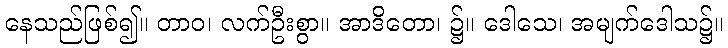
နေသည်ဖြစ်၍။ တာဝ၊ လက်ဦးစွာ။ အာဒိတော၊ ၌။ ဒေါသေ၊ အမျက်ဒေါသ၌။